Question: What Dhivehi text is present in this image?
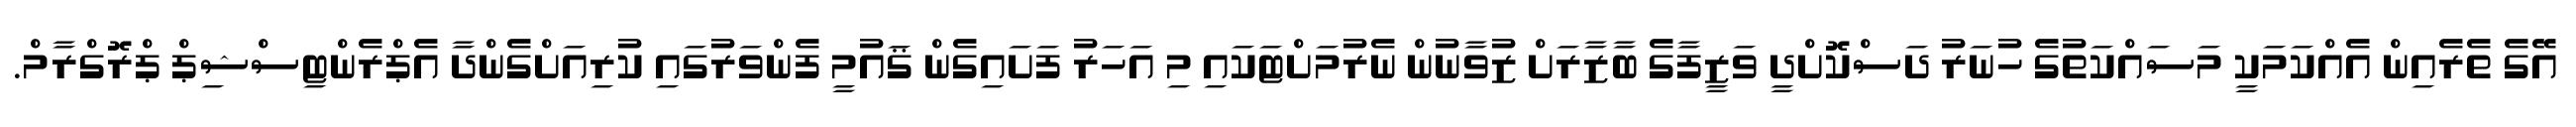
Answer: އޭގެ ތެރެއިން އެއްކަމަކީ މަސައްކަތުގެ ހުނަރު ދަސްކޮށްދީ ވަޒީފާގެ ބާޒާރަށް ޒުވާނުން ނެރުމަށްޓަކައި މި އަހަރު ފަށައިގެން ޤައުމީ ފެންވަރުގައި ކުރިއަށްގެންދާ އެޕްރެންޓިސްޝިޕް ޕްރޮގްރާމް.